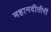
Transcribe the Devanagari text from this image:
महानदीतीरीं